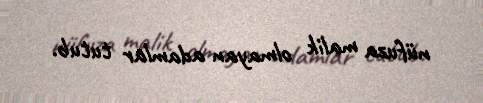
nüfuza malik olmayan adamlar tutub.